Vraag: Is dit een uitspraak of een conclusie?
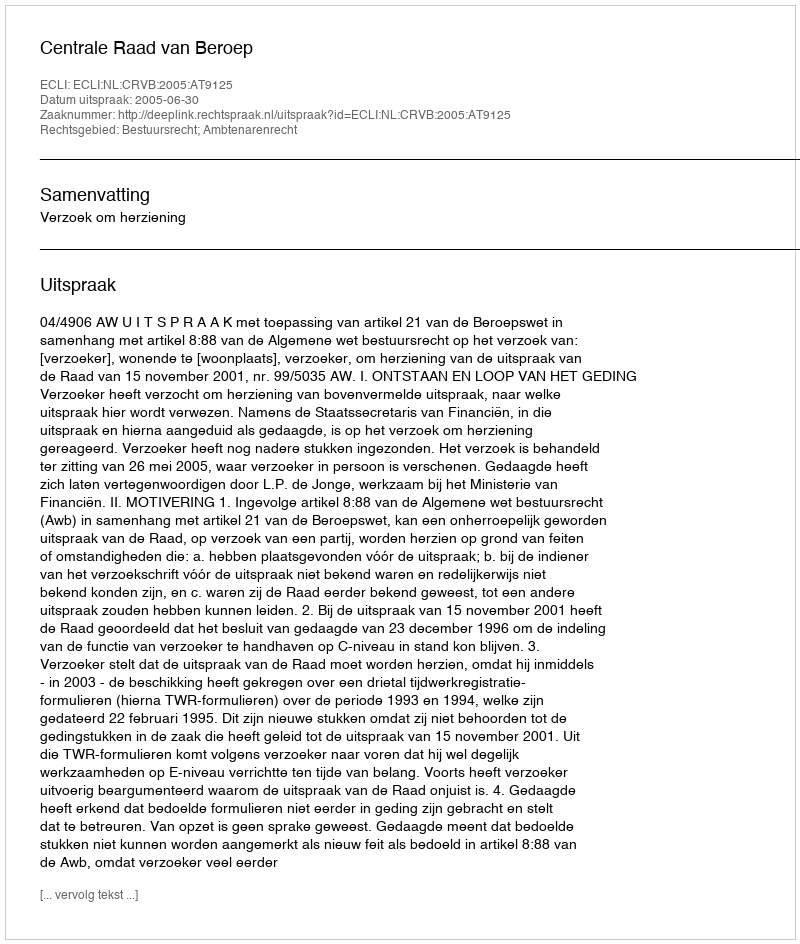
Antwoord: Uitspraak